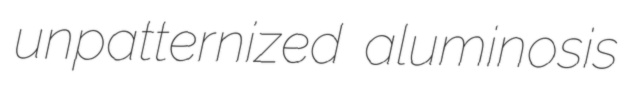
unpatternized aluminosis